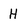
Character: H